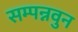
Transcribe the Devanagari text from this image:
सम्पन्नवुन